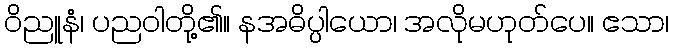
ဝိညူနံ၊ ပညဝါတို့၏။ နအဓိပ္ပါယော၊ အလိုမဟုတ်ပေ။ ဧသာ၊